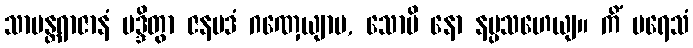
သာမန္တရာဇာနံ မဒ္ဒိတွာ ဇနပဒံ ဂဏှေယျာမ, သောပိ နော နပ္ပသဟေယျ။ ကိံ ပရေသံ